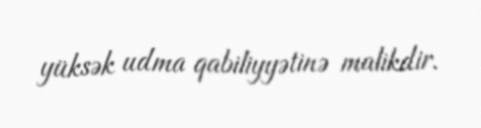
yüksək udma qabiliyyətinə malikdir.